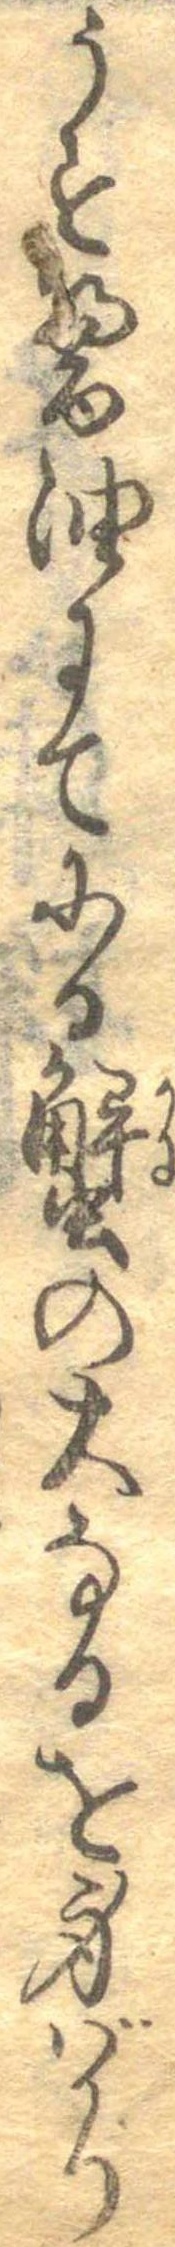
うす醤油にてにる蟹の大なるを身ばかり